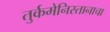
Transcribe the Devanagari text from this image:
तुर्कमेनिस्तानाचा